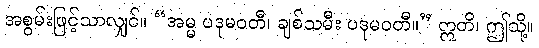
အစွမ်းဖြင့်သာလျှင်။ “အမ္မ ပဒုမဝတီ၊ ချစ်သမီး ပဒုမဝတီ။” ဣတိ၊ ဤသို့။